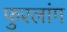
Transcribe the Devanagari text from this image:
फुरलांग